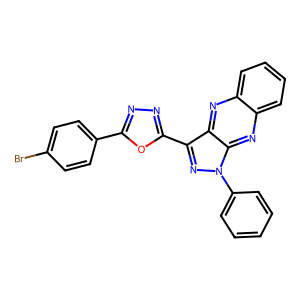
SMILES: Brc1ccc(-c2nnc(-c3nn(-c4ccccc4)c4nc5ccccc5nc34)o2)cc1
Inhibits HIV replication: No